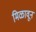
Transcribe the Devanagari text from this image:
मिळावून